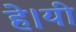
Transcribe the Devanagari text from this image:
हे।यी